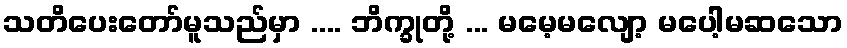
သတိပေးတော်မူသည်မှာ .... ဘိက္ခုတို့ ... မမေ့မလျော့ မပေါ့မဆသော